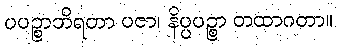
ပပဉ္စာဘိရတာ ပဇာ၊ နိပ္ပပဉ္စာ တထာဂတာ။